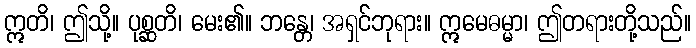
ဣတိ၊ ဤသို့။ ပုစ္ဆတိ၊ မေး၏။ ဘန္တေ၊ အရှင်ဘုရား။ ဣမေဓမ္မာ၊ ဤတရားတို့သည်။